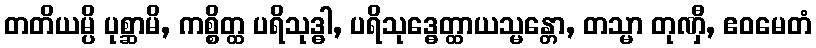
တတိယမ္ပိ ပုစ္ဆာမိ, ကစ္စိတ္ထ ပရိသုဒ္ဓါ, ပရိသုဒ္ဓေတ္ထာယသ္မန္တော, တသ္မာ တုဏှီ, ဧဝမေတံ